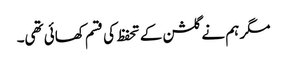
مگر ہم نے گلشن کے تحفظ کی قسم کھائی تھی۔